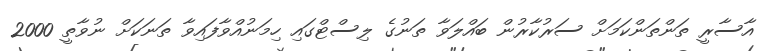
އާސާރީ ތަންތަންކަމަށް ސަރުކާރުން ބައްލަވާ ތަނުގެ ލިސްޓްގައި ހިމަނުއްވާފައިވާ ތަނަކަށް ނުވާތީ 2000